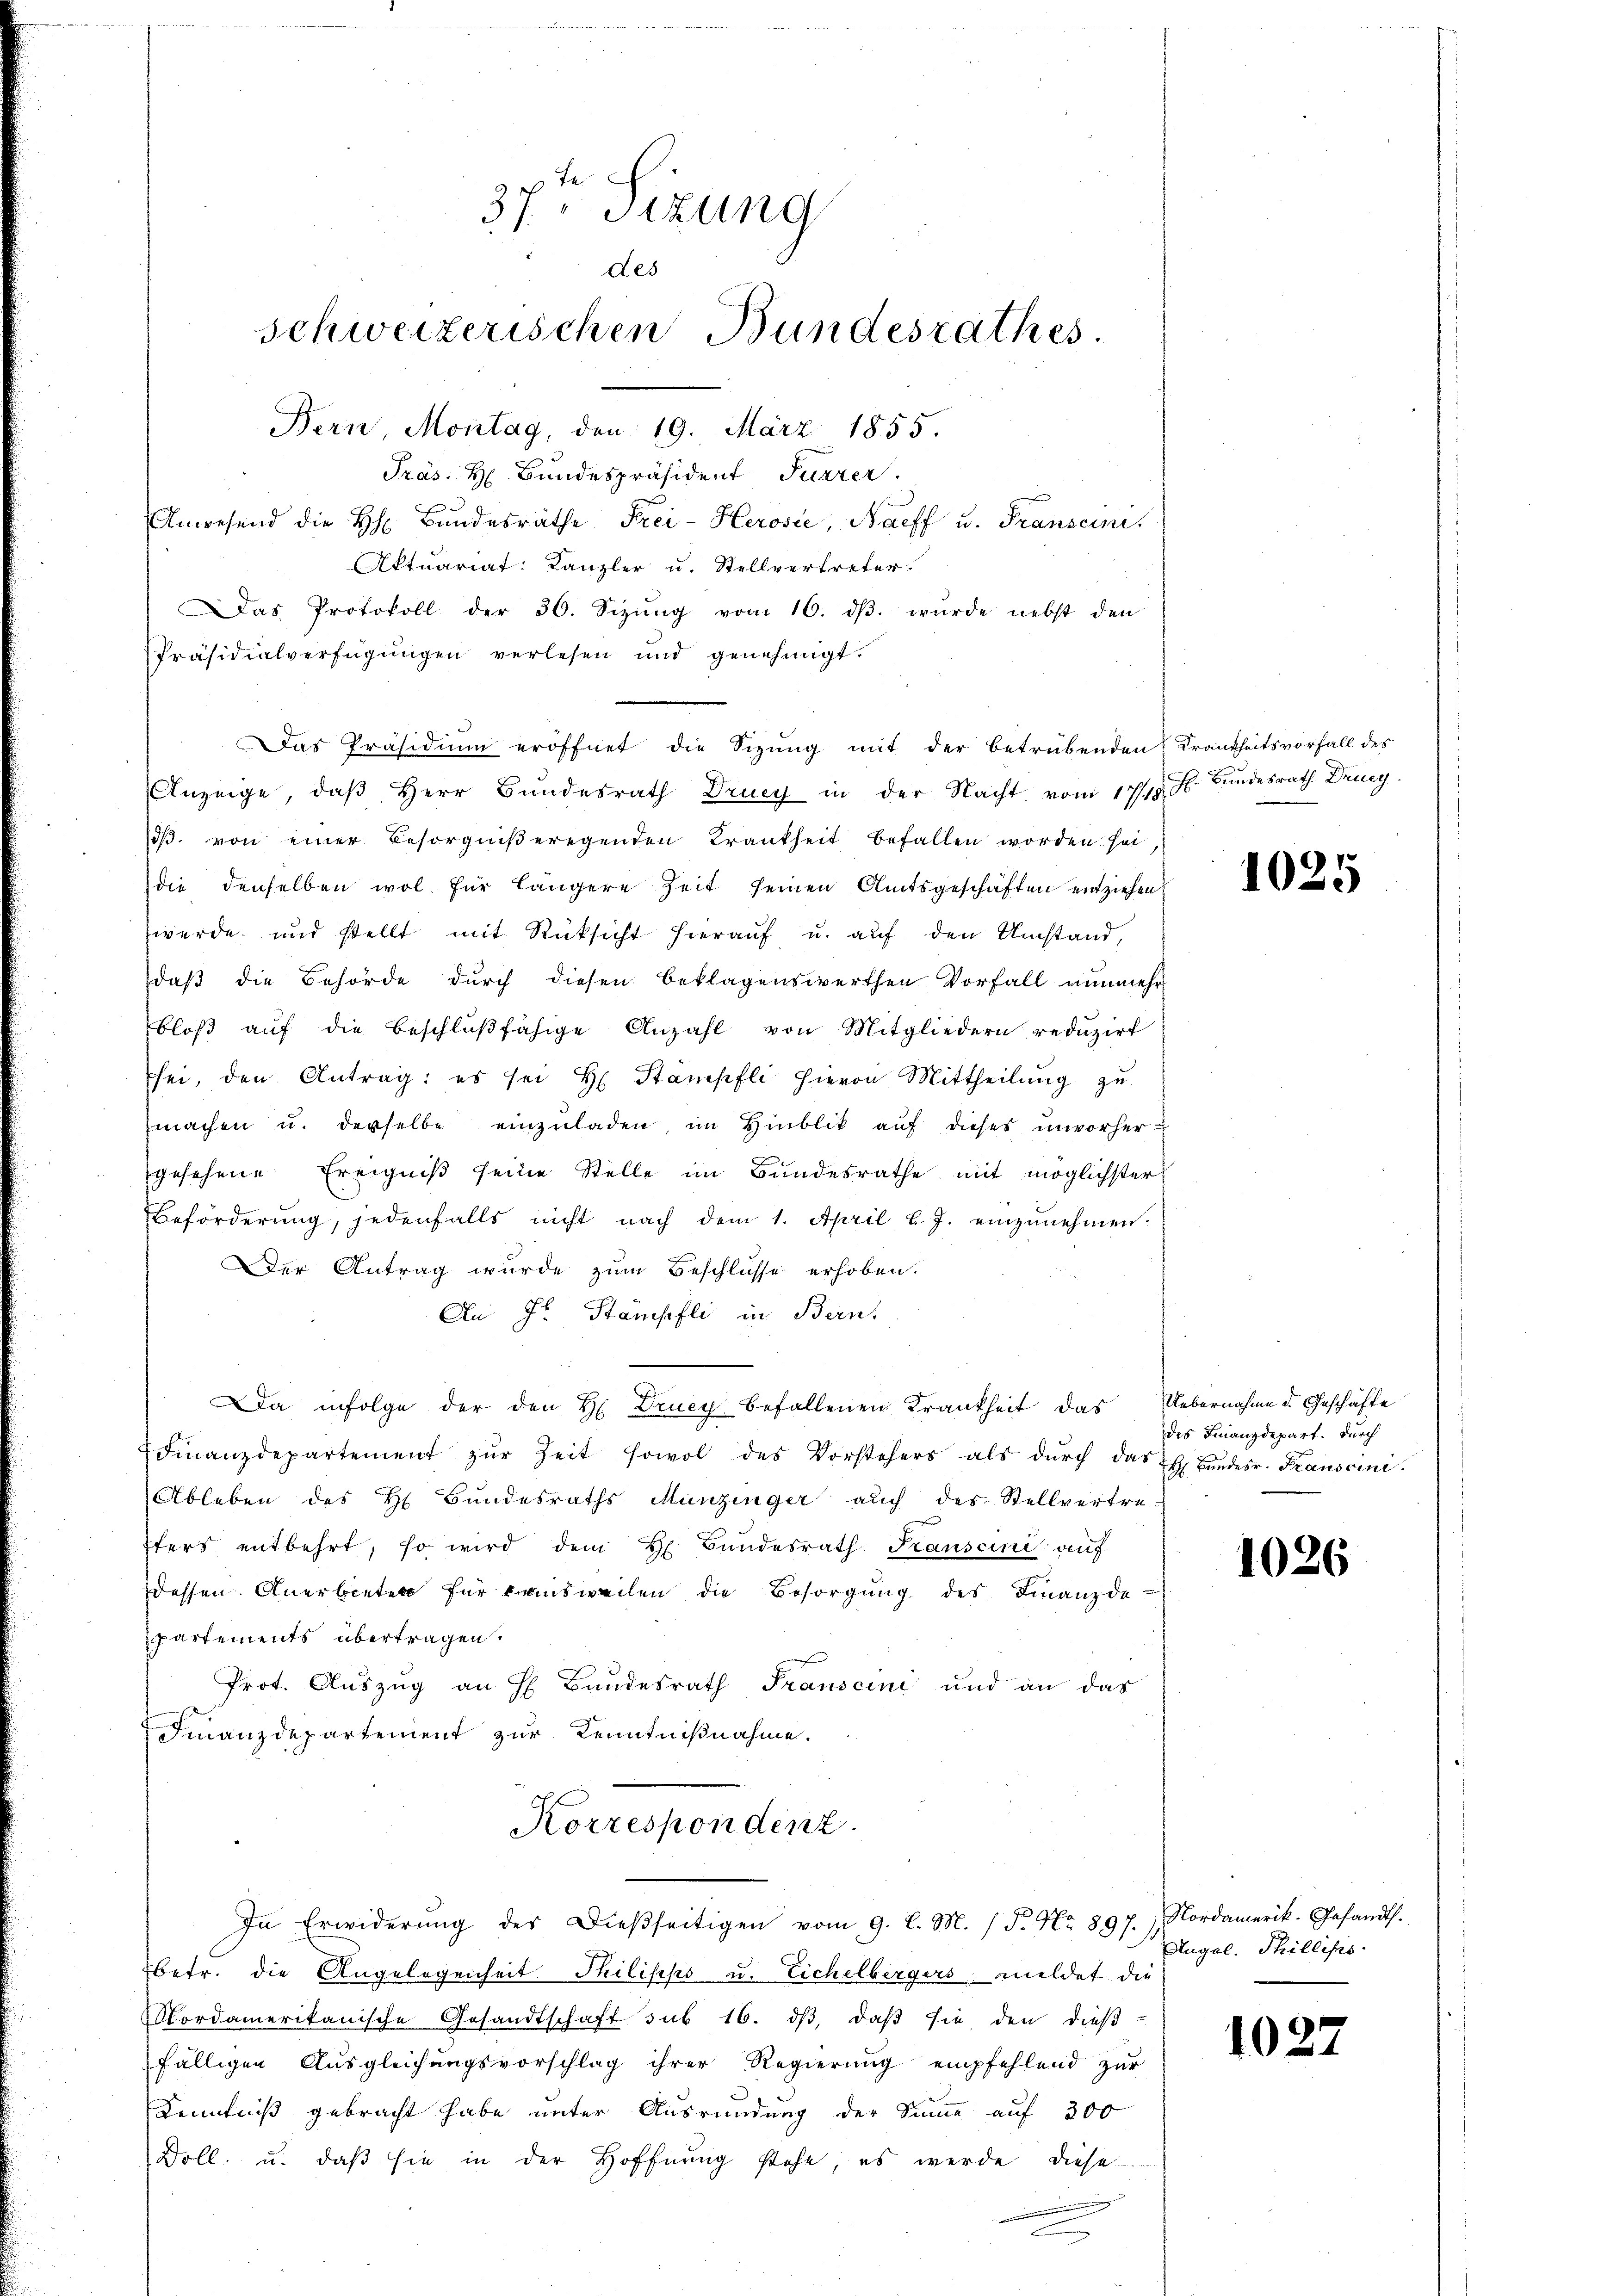
227
37. Sizung
des
schweizerischen Bundesrathes

Bern, Montag, den 19. März 1855.
Präs. H. Bundespräsident Furrer.
Anwesend die H. Bŭndesräthe Frei- Herosie, Naeff u. Transcini
Aktuariat: Kanzler u. Stellvertreter.
Das Protokoll der 30. Sizŭng vom 16. dβ. wurde nebst den
Präsidialverfügungen verlesen und genehmigt.
Das Präsidium eröffnet die Sizung mit der betrübenden Krankheitsvorfall des
Anzeige, daß Herr Bundesrath Drucy in der Nacht vom 17/19. J. Bundesrath Dring
dβ. von einer Besorgnißeregenden Krankheit befallen worden sei
die denselben wol für längere Zeit seinen Amtsgeschäften entziehen
werde und stellt mit Rücksicht hierauf u. auf den Umstand,
daß die Behörde durch diesen beklagenswerthen Vorfall nunmehr
bloβ aŭf die beschlŭβfähige Anzahl von Mitgliedern redŭzirt
sei, den Antrag: es sei H. Stampfli hievon Mittheilung zu
machen u. derselbe einzuladen, im Hinblik auf dieses unvorhergesehene Ereigniß seine Stelle im Bundesrathe mit möglichster
Beförderŭng, jedenfalls nicht nach dem 1. April l. J. einzŭnehmen.
Der Antrag wurde zum Beschlusse erhoben.
An Fr. Stämpfli in Bern,
Da infolge der den H. Drucy befallenen Krankheit das Uebernahme d. Geschäfte
dinanzdepartement zŭr Zeit sowol des Vorstehers als dŭrch das l. Bandesr. Franscini.
Ableben des H. Bundesraths Munzinger auch des Stellvertre-
fers entbehrt, so wird dem H. Bŭndesrath Transcini auf
Dessen. Anerbieten für ausweilen die Besorgŭng des Finanzde-
partements übertragen.
Prot. Auszug an H. Bundesrath Franscini und an das
Finanzdepartement zur Kenntnißnahme.
Korrespondenz.
In Erwiderŭng des Dieβseitigen vom 9. l. M. /F. Nr. 897.) Nordamerik. Gesandts.
betr. die Angelegenheit Philisiko u. Eichelbergers, meldet die
ordamerikanische Gesandtschaft sub 16. dβ, daβ sie den dieß-
fälligen Ausgleichŭngsvorschlag ihrer Regierŭng empfehlend zur
Kenntniß gebracht habe unter Ausrundung der Sinne auf 300
Doll. u. daβ sie in der Hoffnung stehe, es werde diese

1025

des Finanzdepart. Durch

1026

Augal. Phillisis

1027